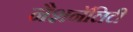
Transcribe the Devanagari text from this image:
नैशनॅलिटी